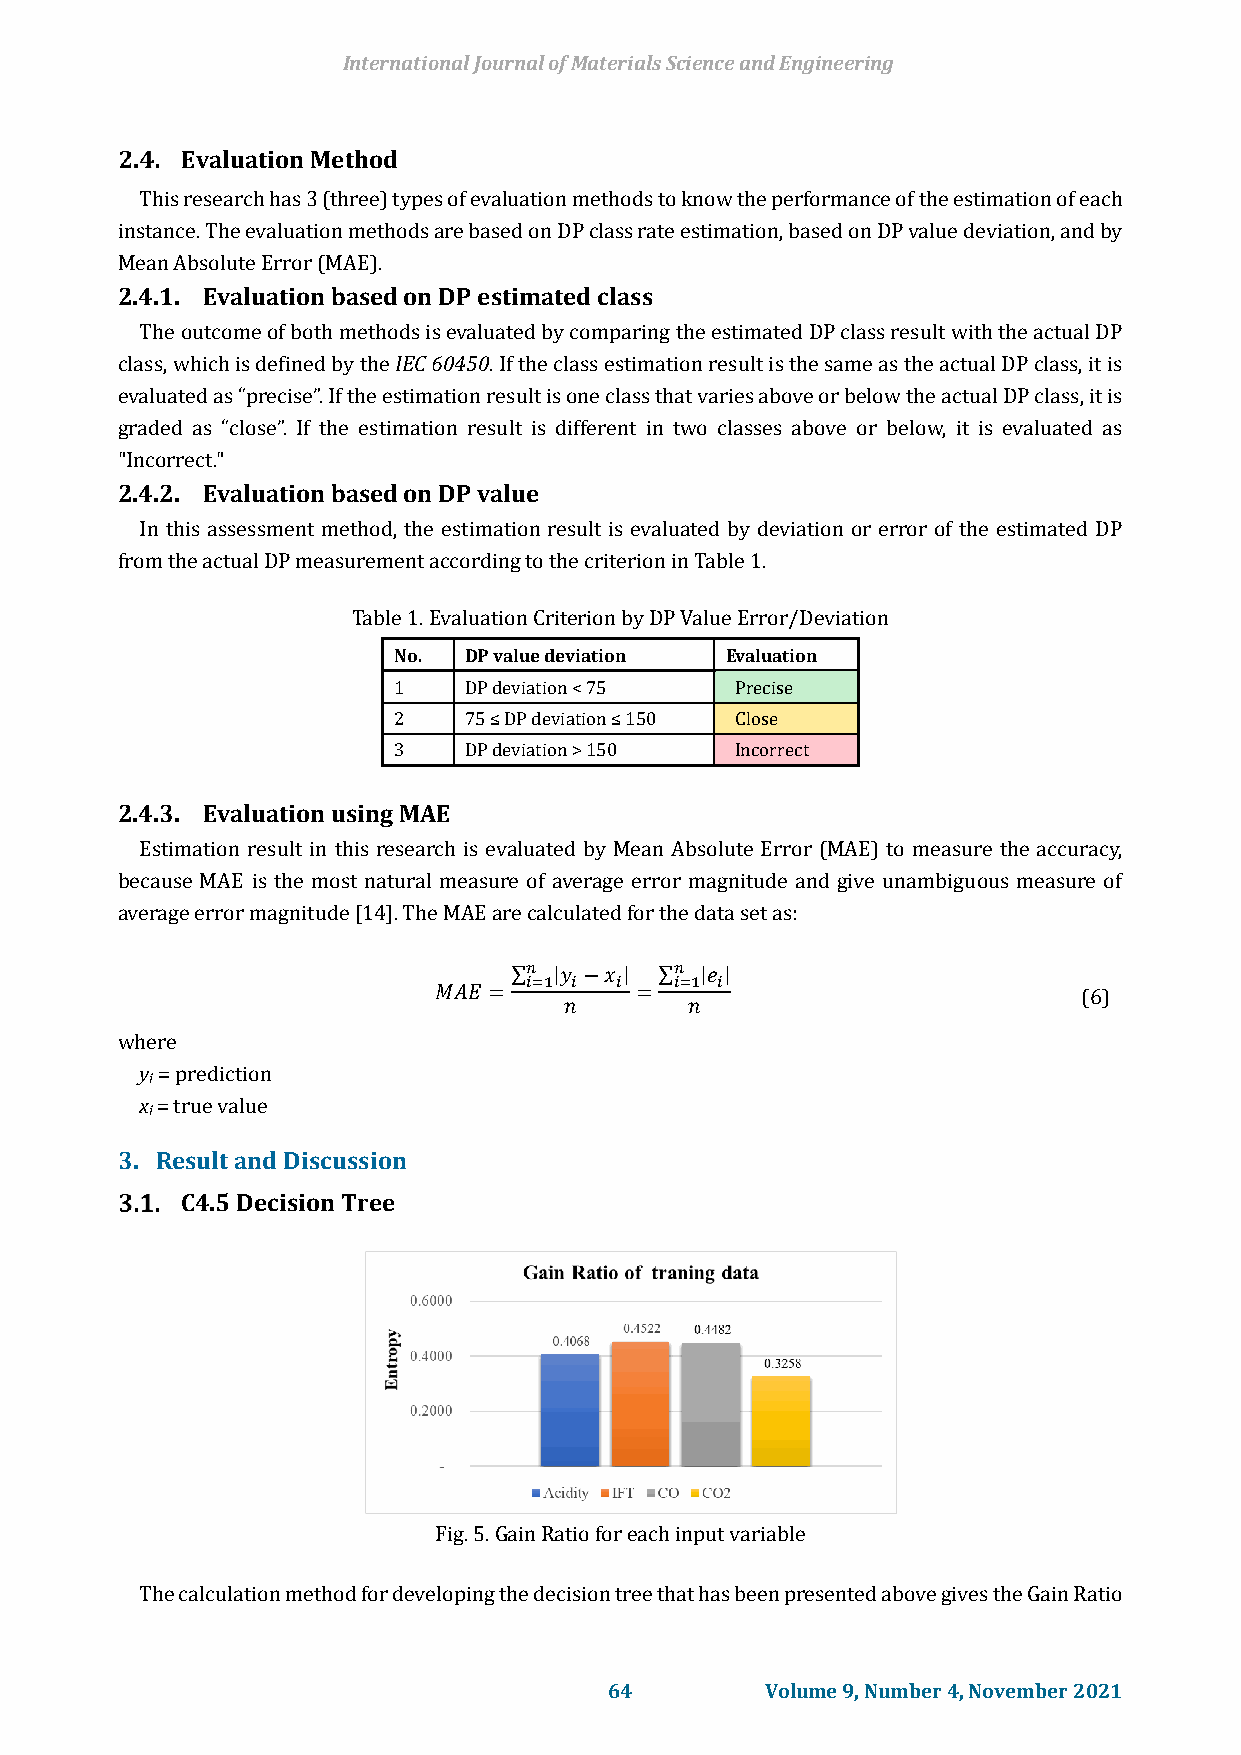
International Journal of Materials Science and Engineering
 Evaluation Method
 This research has 3 (three) types of evaluation methods to know the performance of the estimation of each
 instance. The evaluation methods are based on DP class rate estimation, based on DP value deviation, and by
 Mean Absolute Error (MAE).
 2.4.1. Evaluation based on DP estimated class
 The outcome of both methods is evaluated by comparing the estimated DP class result with the actual DP
 class, which is defined by the IEC 60450. If the class estimation result is the same as the actual DP class, it is
 evaluated as “precise”. If the estimation result is one class that varies above or below the actual DP class, it is
 graded as “close”. If the estimation result is different in two classes above or below, it is evaluated as
 "Incorrect."
 2.4.2. Evaluation based on DP value
 In this assessment method, the estimation result is evaluated by deviation or error of the estimated DP
 from the actual DP measurement according to the criterion in Table 1.
 Table 1. Evaluation Criterion by DP Value Error/Deviation
 No.  DP value deviation Evaluation
 1    DP deviation < 75 Precise
 2    75 ≤ DP deviation ≤ 150 Close
 3    DP deviation > 150 Incorrect
 2.4.3. Evaluation using MAE
 Estimation result in this research is evaluated by Mean Absolute Error (MAE) to measure the accuracy,
 because MAE is the most natural measure of average error magnitude and give unambiguous measure of
 average error magnitude [14]. The MAE are calculated for the data set as:
 ∑𝑛 |𝑦 −𝑥 | ∑𝑛 |𝑒 |
 𝑖=1 𝑖 𝑖   𝑖=1 𝑖
 𝑀𝐴𝐸 =        =                             (6)
 𝑛        𝑛
 where
 y = prediction
 i
 x = true value
 i
 3. Result and Discussion
 C4.5 Decision Tree
 Fig. 5. Gain Ratio for each input variable
 The calculation method for developing the decision tree that has been presented above gives the Gain Ratio
 64         Volume 9, Number 4, November 2021